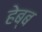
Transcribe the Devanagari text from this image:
हेब्ब